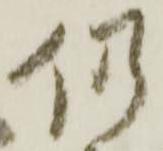
仍